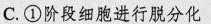
C.①阶段细胞进行脱分化